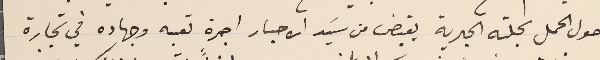
حول الحمل بجلته الحبرية يقبض من سَيد الاحبار اجرة تعبه وجهاده في تجارة